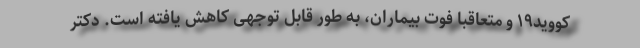
کووید۱۹ و متعاقبا فوت بیماران، به طور قابل توجهی کاهش یافته است. دکتر